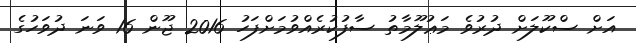
އަށް ސްކޫލަށް ދުރުވެ މަޢުލޫމާތު ސާފުކުރެއްވުމަށްފަހު 2016 ޖޫން 16 ވަނަ ދުވަހުގެ